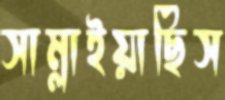
সাম্‌লাইয়াছিস